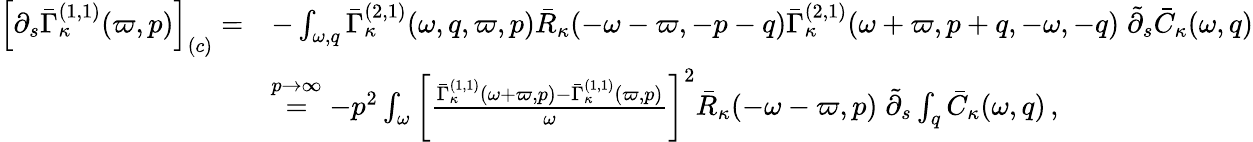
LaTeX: \begin{array}{rl}{\left[\partial_{s}\bar{\Gamma}_{\kappa}^{(1,1)}(\varpi,p)\right]_{(c)}=}&{-\int_{\omega,q}\bar{\Gamma}_{\kappa}^{(2,1)}(\omega,q,\varpi,p)\bar{R}_{\kappa}(-\omega-\varpi,-p-q)\bar{\Gamma}_{\kappa}^{(2,1)}(\omega+\varpi,p+q,-\omega,-q)\; \tilde{\partial}_{s}\bar{C}_{\kappa}(\omega,q)}\\ &{\stackrel{p\to\infty}{=}-p^{2}\int_{\omega}\left[\frac{\bar{\Gamma}_{\kappa}^{(1,1)}(\omega+\varpi,p)-\bar{\Gamma}_{\kappa}^{(1,1)}(\varpi,p)}{\omega}\right]^{2}\bar{R}_{\kappa}(-\omega-\varpi,p)\; \tilde{\partial}_{s}\int_{q}\bar{C}_{\kappa}(\omega,q)\, ,}\end{array}